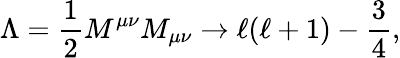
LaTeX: \Lambda={\frac{1}{2}}M^{\mu\nu}M_{\mu\nu}\rightarrow\ell(\ell+1)-{\frac{3}{4}},